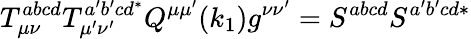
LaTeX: T_{\mu\nu}^{abcd}T_{\mu^{\prime}\nu^{\prime}}^{a^{\prime}b^{\prime}cd^{*}}Q^{\mu\mu^{\prime}}(k_{1})g^{\nu\nu^{\prime}}=S^{abcd}S^{a^{\prime}b^{\prime}cd*}